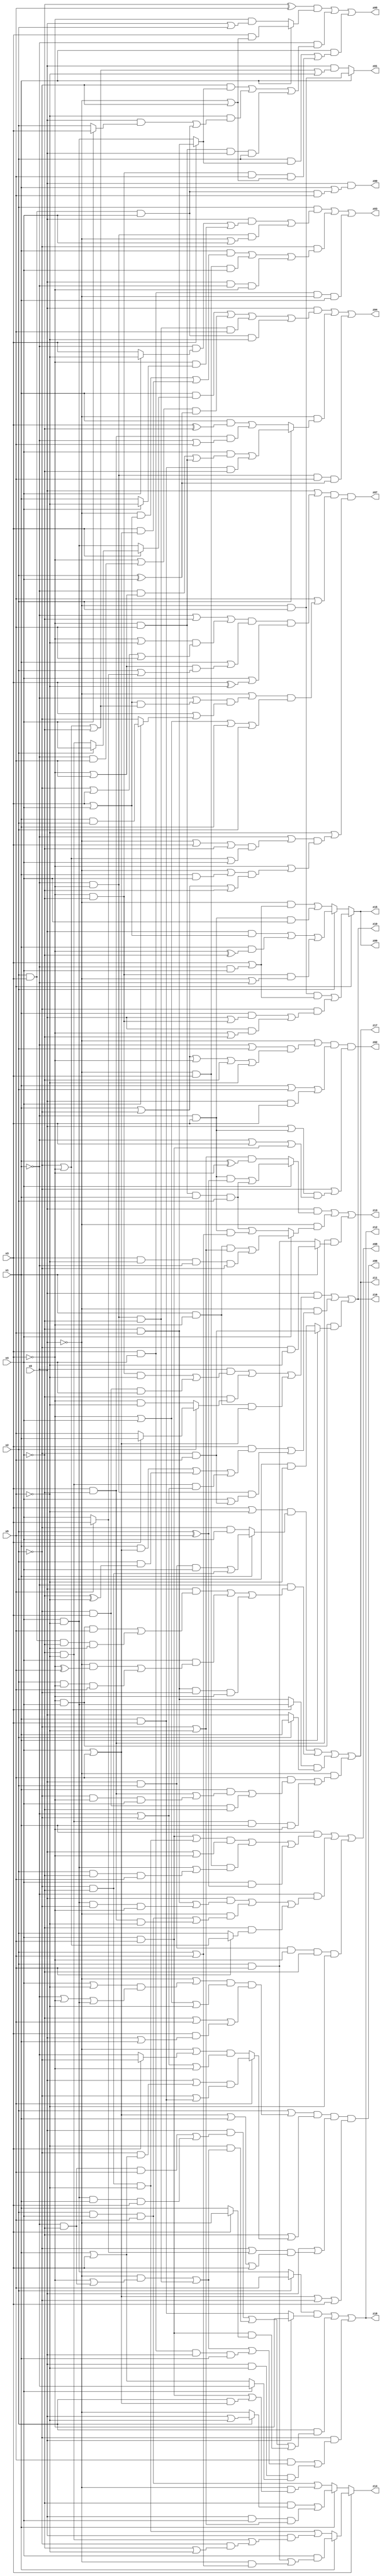
// Benchmark "q_2" written by ABC on Wed Dec 21 23:47:10 2022

module q_2 ( 
    x0, x1, x2, x3, x4, x5,
    z00, z01, z02, z03, z04, z05, z06, z07, z08, z09, z10, z11, z12, z13,
    z14, z15, z16, z17, z18  );
  input  x0, x1, x2, x3, x4, x5;
  output z00, z01, z02, z03, z04, z05, z06, z07, z08, z09, z10, z11, z12, z13,
    z14, z15, z16, z17, z18;
  assign z00 = x0 & (x1 | (x2 & x3 & x4 & x5));
  assign z01 = x1 ? (~x0 & x2) : (x0 & (~x2 | ~x3 | ~x4 | ~x5));
  assign z02 = (~x0 | ((~x1 | x2) & (x1 | ~x2 | ~x3 | ~x4 | ~x5))) & (x1 | x2 | (x0 & x3)) & (~x2 | ((x0 | (~x1 & x3)) & (~x1 | x3 | (x4 & x5))));
  assign z03 = (x2 & ((x0 & ((~x1 & (x4 ? ~x5 : x3)) | (~x3 & (x4 ? ~x5 : x1)))) | (~x1 & ~x3 & (~x0 | x4)))) | (~x2 & ((x1 & ((~x0 & (x3 | x4)) | (x3 & (x4 | x5)))) | (~x0 & x3 & x4) | (x0 & ~x1 & ~x3))) | (x3 & x4 & ~x0 & x1);
  assign z04 = (x0 & ((x1 & (x3 ? (x2 ? x4 : (~x4 & ~x5)) : (x4 & ~x5))) | ((~x3 | (~x1 & x5)) & (x2 ^ x4)) | (~x1 & ~x3 & ~x4 & x5) | (x2 & x3 & x4 & ~x5))) | (~x0 & (x2 ? ((x4 & ((~x1 & (~x3 | x5)) | (~x3 & x5))) | (x1 & x3 & ~x4)) : ((x1 & (x3 ^ ~x4)) | (x3 & ~x4 & (~x1 | x5))))) | (~x1 & ~x3 & x5 & (x2 ^ x4));
  assign z05 = ((~x4 ^ x5) & (x1 ? (x3 & (~x0 | ~x2)) : (~x3 & (x0 | x2)))) | (~x1 & ((~x2 & (x3 ? (~x4 & x5) : (x4 & ~x5))) | (~x5 & ((x0 & (x4 ? x3 : x2)) | (x2 & x3 & x4))) | (~x3 & x5 & x0 & x2))) | (x1 & ((x2 & (x3 ? (~x4 & x5) : (x4 & ~x5))) | (~x3 & ~x4 & x5 & (~x0 | ~x2))));
  assign z06 = (x2 | ((~x0 | ((x4 | ~x5) & (~x1 | ~x3 | (x4 & ~x5)))) & (~x3 | x4 | ~x5) & (~x4 | x5 | (x3 & (x0 | x1))))) & (~x4 | (x5 ? ((x0 | (~x2 & (x1 | x3))) & (~x2 | (x1 & x3))) : ((~x0 | (x3 ? ~x2 : ~x1)) & (~x1 | ~x2 | ~x3)))) & (x0 | ((~x2 | (x5 ? x3 : x4)) & (x4 | x5 | x1 | x3))) & (x4 | x5 | ~x2 | x3);
  assign z07 = (x0 | ((~x1 | ~x4 | ((~x3 | ~x5) & (~x2 | x3 | x5))) & (x1 | ((~x3 | x5) & (x2 | (x5 ? x3 : x4)))) & (x4 | (x3 ^ ~x5)))) & (x5 | ((~x0 | ((~x1 | ((x3 | x4) & (~x2 | ~x3 | ~x4))) & (x3 | (x4 ? (x1 & x2) : ~x2)))) & (~x3 | x4 | x1 | x2))) & (~x5 | ((~x1 | ((~x0 | x3 | ~x4) & (~x2 | ~x3 | x4))) & (~x3 | ((~x0 | (x1 & x4)) & (x1 | ~x2 | ~x4)))));
  assign z08 = (x1 & ((((x4 & x5) | (~x2 & ~x4 & ~x5)) & (x0 | ~x3)) | (~x0 & x3 & ((x4 & ~x5) | (x2 & ~x4 & x5))) | (x4 & (x2 ^ x5)))) | (~x1 & ((x0 & ((~x4 & x5) | (x4 & ~x5 & ~x2 & ~x3))) | (~x0 & ((x2 & x4 & x5) | (x3 & ~x4 & ~x5))) | (~x4 & (x5 ? (~x2 | ~x3) : x2)))) | (x0 & x2 & ~x3 & ~x4 & ~x5);
  assign z09 = x5 ? ((~x0 & x2 & (x3 | (~x1 & x4))) | (~x2 & ((x1 & (x0 | (~x3 & ~x4))) | (x0 & (~x3 | ~x4))))) : (x2 ? ((x0 & (x3 | x4)) | (x1 & (~x3 ^ ~x4)) | (~x3 & ~x4 & (~x0 | ~x1))) : ((~x0 & (x3 | (~x1 & x4))) | (~x1 & x3 & x4)));
  assign z10 = (x0 & ((~x1 & ((~x3 & ~x4 & ~x5) | (~x2 & x3 & x4))) | (~x4 & (x2 ? (x3 ? x1 : x5) : (~x3 & ~x5))) | (x1 & ~x3 & (x4 | x5)))) | (~x0 & ((x3 & ((x1 & (x4 | x5)) | (x2 & (~x4 ^ ~x5)) | (~x4 & ~x5 & (~x1 | ~x2)))) | (~x1 & ~x3 & (x4 | (~x2 & x5))))) | (~x3 & x4 & (x1 ? (~x2 & x5) : (x2 & ~x5)));
  assign z11 = ((x3 | ~x5) & (x1 ? ((x0 & x2 & x4) | (~x2 & ~x4)) : (~x2 & x4))) | (~x1 & ((x0 & ((~x3 & x4 & x5) | (x2 & x3 & ~x4 & ~x5))) | (x4 & ((~x0 & (~x3 ^ x5)) | (x2 & ~x3 & x5))) | (~x4 & x5 & ~x2 & ~x3))) | ((x3 ? (x4 & ~x5) : (~x4 & x5)) & (x2 ? x1 : x0)) | (~x0 & ((x5 & ((x1 & ((x3 & ~x4) | (~x2 & ~x3 & x4))) | (~x2 & x3 & ~x4))) | (~x4 & ~x5 & x1 & ~x3)));
  assign z12 = ((x2 ? x5 : (x4 & ~x5)) & (x0 ? ~x3 : (x1 & x3))) | (x2 & ((x0 & ((~x1 & ~x4 & x5) | (x4 & ~x5 & x1 & x3))) | (~x5 & ((~x0 & (~x3 | (~x1 & ~x4))) | (~x1 & ~x3 & ~x4))) | (x4 & x5 & (x3 ? ~x0 : x1)))) | (~x2 & ((x5 & ((~x0 & (~x3 | (~x1 & ~x4))) | (~x1 & ~x3 & ~x4) | (x3 & x4 & x0 & x1))) | (x0 & ~x5 & (x4 ? ~x1 : (x1 | x3)))));
  assign z13 = (x0 & (x4 ? ((~x1 & x3 & (x2 ^ x5)) | (~x3 & x5 & x1 & x2)) : ((~x2 | ~x5) & (x1 ^ ~x3)))) | (~x0 & (x4 ? ((x1 & ~x3 & (~x2 | ~x5)) | (x3 & ~x5 & ~x1 & ~x2)) : ((~x3 & x5 & x1 & x2) | (~x1 & x3 & (x2 | x5))))) | (x3 & ~x4 & (x1 ? (~x2 & ~x5) : (x2 & x5)));
  assign z14 = x3 ? (x1 ? (x4 & ((x2 & x5) | (~x0 & (x2 | x5)))) : ((~x2 & ~x4 & ~x5) | (x0 & ((~x4 & ~x5) | (~x2 & (~x4 | ~x5)))))) : (x1 ? ((~x4 & (x2 ? (x0 | ~x5) : ~x0)) | (x0 & x4 & (~x2 | ~x5))) : ((x2 & x4 & x5) | (~x0 & ((x4 & x5) | (x2 & (x4 | x5))))));
  assign z15 = x5 ? ((~x0 & x2 & (x3 | (~x1 & x4))) | (~x2 & ((x1 & (x0 | (~x3 & ~x4))) | (x0 & (~x3 | ~x4))))) : (x2 ? ((x0 & (x3 | x4)) | (x1 & (~x3 ^ ~x4)) | (~x3 & ~x4 & (~x0 | ~x1))) : ((~x0 & (x3 | (~x1 & x4))) | (~x1 & x3 & x4)));
  assign z16 = (x0 & ((~x1 & ((~x3 & ~x4 & ~x5) | (~x2 & x3 & x4))) | (~x4 & (x2 ? (x3 ? x1 : x5) : (~x3 & ~x5))) | (x1 & ~x3 & (x4 | x5)))) | (~x0 & ((x3 & ((x1 & (x4 | x5)) | (x2 & (~x4 ^ ~x5)) | (~x4 & ~x5 & (~x1 | ~x2)))) | (~x1 & ~x3 & (x4 | (~x2 & x5))))) | (~x3 & x4 & (x1 ? (~x2 & x5) : (x2 & ~x5)));
  assign z17 = ((x3 | ~x5) & (x1 ? ((x0 & x2 & x4) | (~x2 & ~x4)) : (~x2 & x4))) | (~x1 & ((x0 & ((~x3 & x4 & x5) | (x2 & x3 & ~x4 & ~x5))) | (x4 & ((~x0 & (~x3 ^ x5)) | (x2 & ~x3 & x5))) | (~x4 & x5 & ~x2 & ~x3))) | ((x3 ? (x4 & ~x5) : (~x4 & x5)) & (x2 ? x1 : x0)) | (~x0 & ((x5 & ((x1 & ((x3 & ~x4) | (~x2 & ~x3 & x4))) | (~x2 & x3 & ~x4))) | (~x4 & ~x5 & x1 & ~x3)));
  assign z18 = ((x2 ? x5 : (x4 & ~x5)) & (x0 ? ~x3 : (x1 & x3))) | (x2 & ((x0 & ((~x1 & ~x4 & x5) | (x4 & ~x5 & x1 & x3))) | (~x5 & ((~x0 & (~x3 | (~x1 & ~x4))) | (~x1 & ~x3 & ~x4))) | (x4 & x5 & (x3 ? ~x0 : x1)))) | (~x2 & ((x5 & ((~x0 & (~x3 | (~x1 & ~x4))) | (~x1 & ~x3 & ~x4) | (x3 & x4 & x0 & x1))) | (x0 & ~x5 & (x4 ? ~x1 : (x1 | x3)))));
endmodule